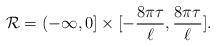
LaTeX: \begin{align*}\mathcal{R}=(-\infty,0]\times\lbrack-\frac{8\pi\tau}{\ell},\frac{8\pi\tau}{\ell}].\end{align*}